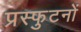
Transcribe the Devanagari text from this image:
प्रस्फुटनों